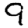
Digit: 9